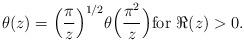
LaTeX: \begin{align*} \theta(z) = \Bigl( \frac \pi z \Bigr)^{1/2} \theta\Bigl( \frac{\pi^2} z \Bigr) \textrm{for} \ \Re (z)>0.\end{align*}